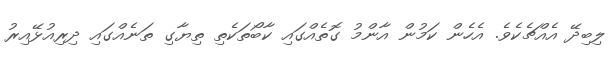
ލިބިދޭ އެއްޗެކެވެ. އެހެން ކަމުން އާންމު ގޮތެއްގައި ކާބޯތަކެތި ތިޔާގި ތަނެއްގައި ދިރިއުޅޭއިރު